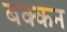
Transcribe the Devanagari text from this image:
बक्कन